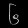
Digit: ၆